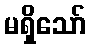
မရှိသော်